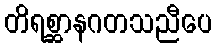
တိရစ္ဆာနဂတသညီပေ